Indian journal of veterinary science and animal husbandry - Volume 13,
Year: 1943
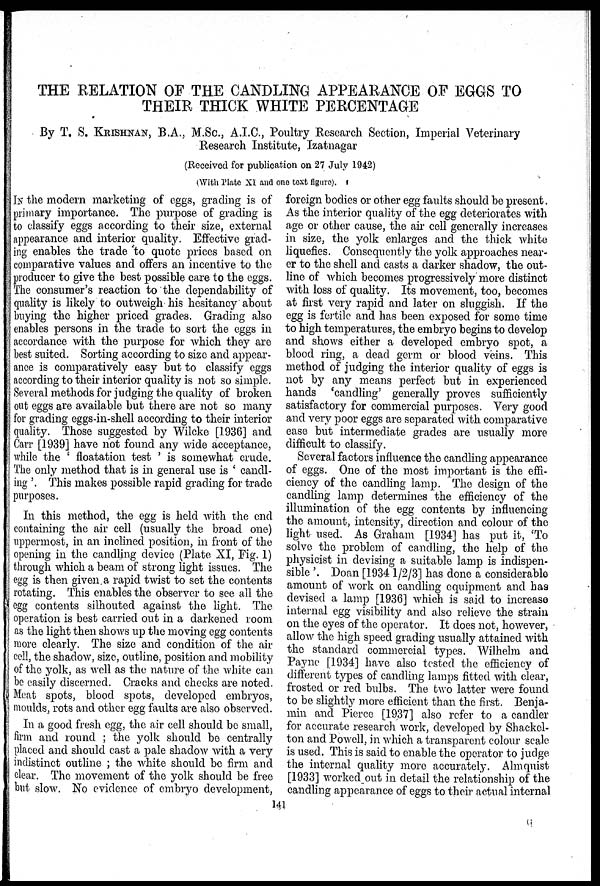
THE RELATION OF THE CANDLING APPEARANCE OF EGGS TO
THEIR THICK WHITE PERCENTAGE
By T. S. KRISHNAN, B.A., M.Sc., A.I.C., Poultry Research Section, Imperial Veterinary
Research Institute, Izatnagar
(Received for publication on 27 July 1942)
(With Plate XI and one text figure).
IN the modern marketing of eggs, grading is of
primary importance. The purpose of grading is
to classify eggs according to their size, external
appearance and interior quality. Effective grad-
ing enables the trade 'to quote prices based on
comparative values and offers an incentive to the
producer to give the best possible care to the eggs.
The consumer's reaction to the dependability of
quality is likely to outweigh his hesitancy about
buying the higher priced grades. Grading also
enables persons in the trade to sort the eggs in
accordance with the purpose for which they are
best suited. Sorting according to size and appear-
ance is comparatively easy but to classify eggs
according to their interior quality is not so simple.
Several methods for judging the quality of broken
out eggs are available but there are not so many
for grading eggs-in-shell according to their interior
quality. Those suggested by Wilcke [1936] and
Carr [1939] have not found any wide acceptance,
while the ' floatation test ' is somewhat crude.
The only method that is in general use is ' candl-
ing '. This makes possible rapid grading for trade
purposes.
In this method, the egg is held with the end
containing the air cell (usually the broad one)
uppermost, in an inclined position, in front of the
opening in the candling device (Plate XI, Fig. 1)
through which a beam of strong light issues. The
egg is then given a rapid twist to set the contents
rotating. This enables the observer to see all the
egg contents silhouted against the light. The
operation is best carried out in a darkened room
as the light then shows up the moving egg contents
more clearly. The size and condition of the air
cell, the shadow, size, outline, position and mobility
of the yolk, as well as the nature of the white can
be easily discerned. Cracks and checks are noted.
Meat spots, blood spots, developed embryos,
moulds, rots and other egg faults are also observed.
In a good fresh egg, the air cell should be small,
firm and round ; the yolk should be centrally
placed and should cast a pale shadow with a very
indistinct outline ; the white should be firm and
clear. The movement of the yolk should be free
but slow. No evidence of embryo development,
foreign bodies or other egg faults should be present.
As the interior quality of the egg deteriorates with
age or other cause, the air cell generally increases
in size, the yolk enlarges and the thick white
liquefies. Consequently the yolk approaches near-
er to the shell and casts a darker shadow, the out-
line of which becomes progressively more distinct
with loss of quality. Its movement, too, becomes
at first very rapid and later on sluggish. If the
egg is fertile and has been exposed for some time
to high temperatures, the embryo begins to develop
and shows either a developed embryo spot, a
blood ring, a dead germ or blood veins. This
method of judging the interior quality of eggs is
not by any means perfect but in experienced
hands 'candling' generally proves sufficiently
satisfactory for commercial purposes. Very good
and very poor eggs are separated with comparative
ease but intermediate grades are usually more
difficult to classify.
Several factors influence the candling appearance
of eggs. One of the most important is the effi-
ciency of the candling lamp. The design of the
candling lamp determines the efficiency of the
illumination of the egg contents by influencing
the amount, intensity, direction and colour of the
light used. As Graham [1934] has put it, 'To
solve the problem of candling, the help of the
physicist in devising a suitable lamp is indispen-
sible '. Doan [1934 1/2/3] has done a considerable
amount of work on candling equipment and has
devised a lamp [1936] which is said to increase
internal egg visibility and also relieve the strain
on the eyes of the operator. It does not, however,
allow the high speed grading usually attained with
the standard commercial types. Wilhelm and
Payne [1934] have also tested the efficiency of
different types of candling lamps fitted with clear,
frosted or red bulbs. The two latter were found
to be slightly more efficient than the first. Benja-
min and Pierce [1937] also refer to a candler
for accurate research work, developed by Shackel-
ton and Powell, in which a transparent colour scale
is used. This is said to enable the operator to judge
the internal quality more accurately. Almquist
[1933] worked out in detail the relationship of the
candling appearance of eggs to their actual internal
141